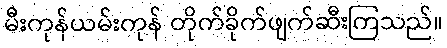
မီးကုန်ယမ်းကုန် တိုက်ခိုက်ဖျက်ဆီးကြသည်။